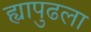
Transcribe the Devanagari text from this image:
ह्यापुढला